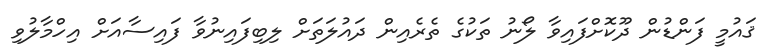
ޤައުމީ ފަންޑުން ދޫކޮށްފައިވާ ލޯނު ތަކުގެ ތެރެއިން ދައުލަތަށް ލިބިފައިނުވާ ފައިސާއަށް އިހްމާލުވި